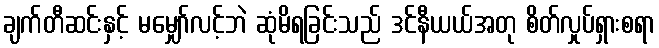
ချက်တီဆင်းနှင့် မမျှော်လင့်ဘဲ ဆုံမိရခြင်းသည် ဒင်နီယယ်အတု စိတ်လှုပ်ရှားစရာ